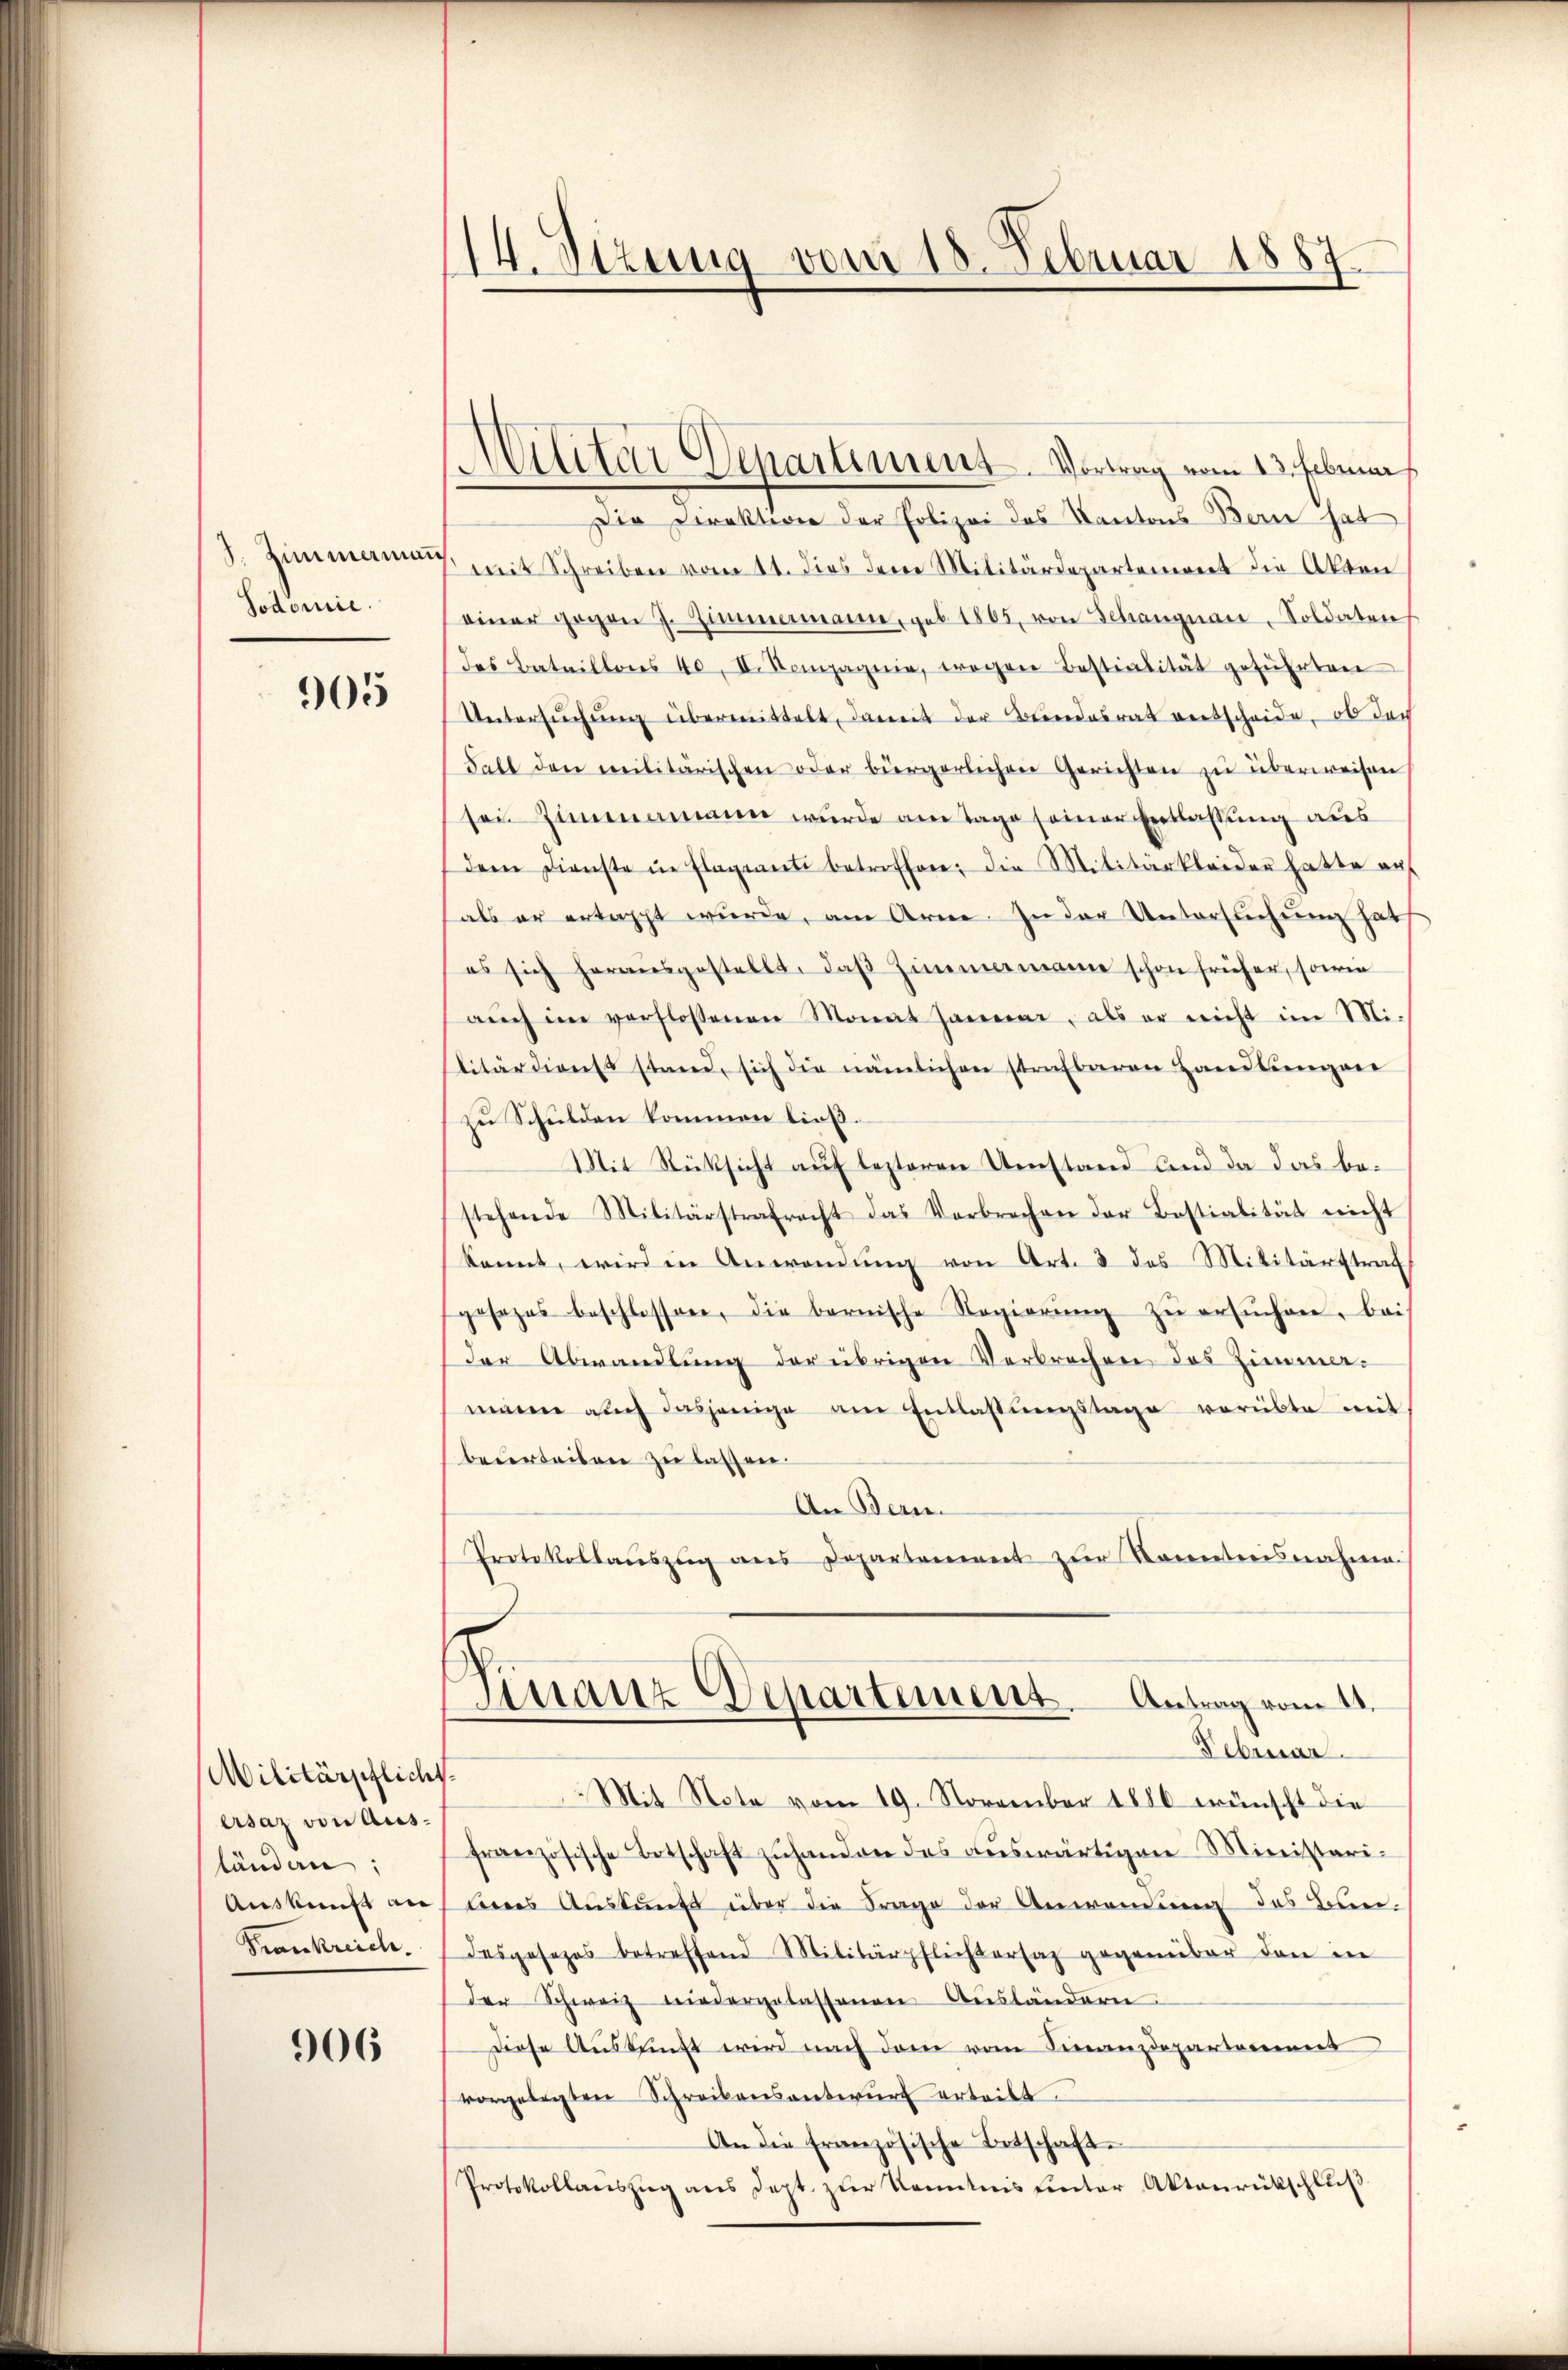
8. Zimmerman
Podomie.

905

Militärpflicht
ersaz von Ausländern:
Auskunft an
Frankreich.

906

14. Sitzung vom 18. Februar 1887.

Militar Departement. Vortrag vom 13. Februar

Die Direktion der Polizei des Kantons Bern hat
mit Schreiben vom 11. dies den Militärdepartement die Akten
einer gegen 7. Zimmermann, geb. 1865, von Schangnau-Soldaten
des Bataillons 40, II. Kompagnie, tragen Bestialität geführten
Untersŭchŭng übermittelt, damit der Bundesrat vertscheide, ob doch
Salt den militärischen oder bürgerlichen Gerichten zu überweisen
sen Zimmamann wurde am Tage seiner Entlassung aus
dem Dienste in Flagiant betroffen, die Militärkleider hatte aŭf
als er ertappt wurde, am Arne. In der Untersuchung hat
es sich herausgestellt, daβ Zimmermann schon früher, sowie
aŭch im verflossenen Monat Januar, als er nicht im Mi-
litärdienst stand, sich die nämlichen strafbaren Handlungen
zu Schulden kommen ließ.
Mit Rücksicht auf lezteren Umstand und da das bestehende Militärstrafrecht das Verbrechen der Bestialität nicht
kannt, wird in Anwendŭng von Art. 3 des Militärstraf
gesezes beschlossen, die bernische Regierŭng zŭ ersŭchen, bei
der Abwandlŭng der übrigen Verbrechen des Zimmer-
mann auch dasjenige am Entlassŭngstage vorübte mit
beurteilen zu lassen.
An Bern
Protokollaŭszŭg ans Departement zŭr Kenntnisnahme.
Finanz Departement. Antrag vom 11.
Februar.
Mit Note vom 19. November 1886 wünscht die
französische Betschaft zŭhanden das aŭswärtigen Ministarimnes Aŭskŭnft über die Frage der Anwendŭng des Bun-
desgesezes betreffend Militärpflichtersaz gegenüber den in
der Schweiz niedergelassenen Aŭsländern
Diese Auskunft wird nach dem vom Finanzdepartement
vorgelegten Schreibensantwurf erteilt.
An die französische Betschaft
Protokollanszŭg ans dept. zŭr Kenntnis hinter Aktaŭrückschlŭβ